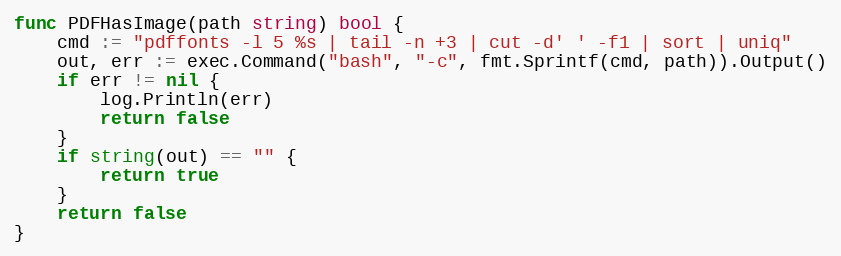
Language: Go
func PDFHasImage(path string) bool {
	cmd := "pdffonts -l 5 %s | tail -n +3 | cut -d' ' -f1 | sort | uniq"
	out, err := exec.Command("bash", "-c", fmt.Sprintf(cmd, path)).Output()
	if err != nil {
		log.Println(err)
		return false
	}
	if string(out) == "" {
		return true
	}
	return false
}